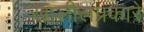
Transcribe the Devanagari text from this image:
खालीलप्रकारे